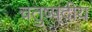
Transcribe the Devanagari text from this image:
चतुष्पदीय